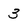
Character: 3